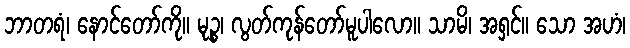
ဘာတရံ၊ နောင်တော်ကို။ မုဉ္စ၊ လွတ်ကုန်တော်မူပါလော။ သာမိ၊ အရှင်။ သော အဟံ၊